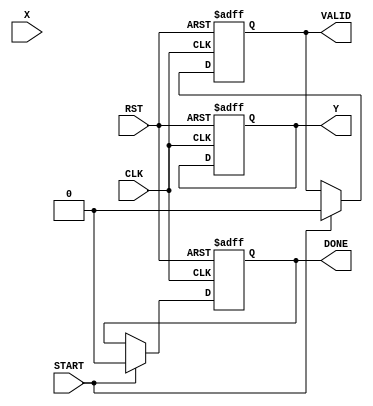
module cordic_reciprocal (
    input wire [15:0] X,       // Input value (fixed-point representation)
    input wire START,          // Control signal to start computation
    input wire CLK,            // Clock signal
    input wire RST,            // Asynchronous reset
    output reg [15:0] Y,       // Reciprocal value (fixed-point representation)
    output reg VALID,          // Indicates when the computed reciprocal is valid
    output reg DONE            // Indicates that the computation has completed
);

    // Parameters
    parameter NUM_ITERATIONS = 16; // Number of CORDIC iterations
    parameter ANGLE_WIDTH = 16;     // Width of angle values
    parameter FIXED_POINT_WIDTH = 16; // Width of fixed-point values

    // Internal signals
    reg [FIXED_POINT_WIDTH-1:0] z; // Angle accumulator
    reg [FIXED_POINT_WIDTH-1:0] x; // Current x value
    reg [FIXED_POINT_WIDTH-1:0] y; // Current y value
    reg [3:0] iteration_count;      // Iteration counter
    reg [FIXED_POINT_WIDTH-1:0] angle_table [0:NUM_ITERATIONS-1]; // Angle lookup table

    // Initialize angle lookup table with arctan(2^-i) values
    initial begin
        angle_table[0] = 16'h0000; // atan(2^0)
        angle_table[1] = 16'h2000; // atan(2^-1)
        angle_table[2] = 16'h1000; // atan(2^-2)
        angle_table[3] = 16'h0800; // atan(2^-3)
        angle_table[4] = 16'h0400; // atan(2^-4)
        angle_table[5] = 16'h0200; // atan(2^-5)
        angle_table[6] = 16'h0100; // atan(2^-6)
        angle_table[7] = 16'h0080; // atan(2^-7)
        angle_table[8] = 16'h0040; // atan(2^-8)
        angle_table[9] = 16'h0020; // atan(2^-9)
        angle_table[10] = 16'h0010; // atan(2^-10)
        angle_table[11] = 16'h0008; // atan(2^-11)
        angle_table[12] = 16'h0004; // atan(2^-12)
        angle_table[13] = 16'h0002; // atan(2^-13)
        angle_table[14] = 16'h0001; // atan(2^-14)
        angle_table[15] = 16'h0000; // atan(2^-15)
    end

    // State machine for CORDIC operation
    always @(posedge CLK or posedge RST) begin
        if (RST) begin
            // Reset state
            Y <= 16'h0000;
            VALID <= 1'b0;
            DONE <= 1'b0;
            iteration_count <= 4'b0000;
            x <= 16'h0000;
            y <= 16'h0000;
            z <= 16'h0000;
        end else if (START) begin
            // Initialization
            x <= 16'h0001; // Initial x value (1.0)
            y <= 16'h0000; // Initial y value (0.0)
            z <= X;        // Load input value into z
            iteration_count <= 4'b0000;
            VALID <= 1'b0;
            DONE <= 1'b0;
        end else if (iteration_count < NUM_ITERATIONS) begin
            // CORDIC iteration
            if (z < 0) begin
                // Rotate clockwise
                x <= x + (y >>> iteration_count);
                y <= y - (x >>> iteration_count);
                z <= z + angle_table[iteration_count];
            end else begin
                // Rotate counter-clockwise
                x <= x - (y >>> iteration_count);
                y <= y + (x >>> iteration_count);
                z <= z - angle_table[iteration_count];
            end
            iteration_count <= iteration_count + 1;
        end else if (iteration_count == NUM_ITERATIONS) begin
            // Finalize output
            Y <= x; // The reciprocal is stored in x
            VALID <= 1'b1;
            DONE <= 1'b1;
        end
    end

endmodule